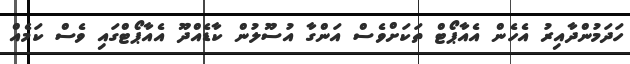
ހަދަމުންދާއިރު އެހެން އެއާޕޯޓް ތަކަށްވެސް އަންގާ އުސޫލުން ކާޑެއްދޫ އެއާޕޯޓްގައި ވެސް ކަމެއް